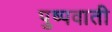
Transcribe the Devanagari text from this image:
पुष्पवाती